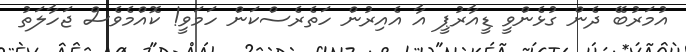
އުމަރުބޭ ދެން ގުޅެންވީ ޑީއާރުޕީ އާ އެއިރުން ހަތެރެސްކަން ހަމަވީ! ކޮއްމެވެސް ޖަހާލަތު